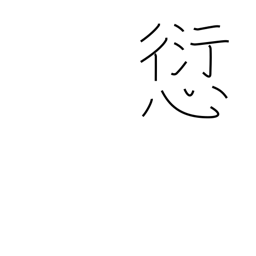
Meaning: offence